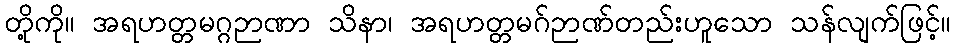
တို့ကို။ အရဟတ္တမဂ္ဂဉာဏာ သိနာ၊ အရဟတ္တမဂ်ဉာဏ်တည်းဟူသော သန်လျက်ဖြင့်။